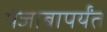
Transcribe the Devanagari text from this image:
पंजाबापर्यंत